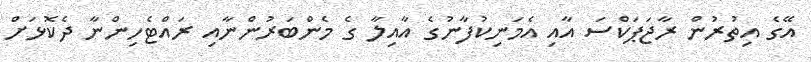
އޭގެ އިތުރުން ރާޖަޕަކްސަ އާއި އެމަނިކުފާނުގެ އާއިލާ ގެ މެންބަރުންނާއި ރައްޓެހިންނާ ދެކޮޅަށް